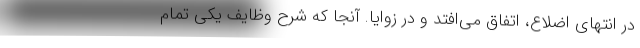
در انتهای اضلاع، اتفاق می‌افتد و در زوایا. آنجا که شرح وظایف یکی تمام